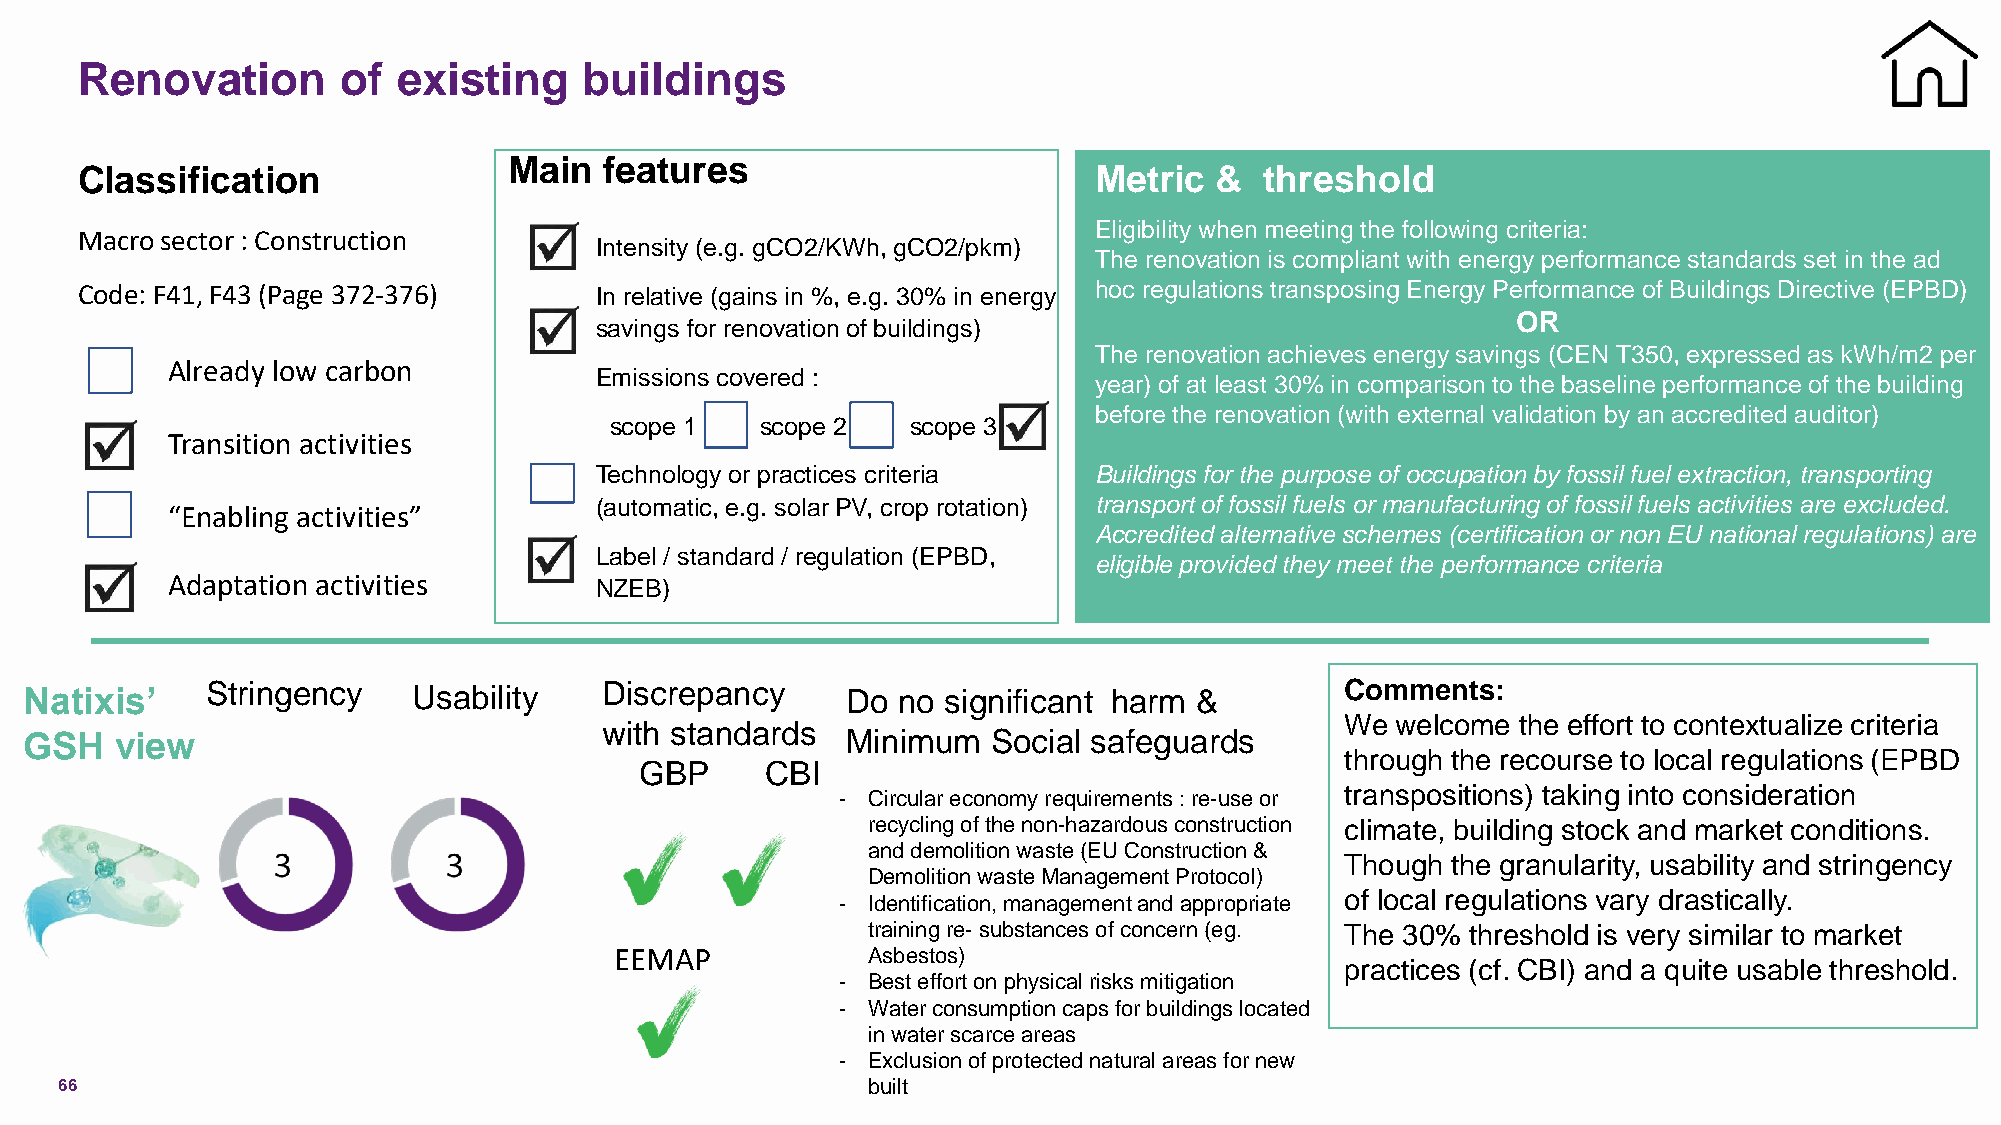
Renovation        of existing     buildings
 Main  features
 Classification                                                     Metric  &   threshold
 Eligibility when meeting the following criteria:
 Macro sector : Construction
 Intensity (e.g. gCO2/KWh, gCO2/pkm)
 The renovation is compliant with energy performance standards set in the ad
 Code: F41, F43 (Page 372-376)     In relative (gains in %, e.g. 30% in energy hoc regulations transposing Energy Performance of Buildings Directive (EPBD)
 OR
 savings for renovation of buildings)
 The renovation achieves energy savings (CEN T350, expressed as kWh/m2 per
 Already low carbon
 Emissions covered :
 year) of at least 30% in comparison to the baseline performance of the building
 before the renovation (with external validation by an accredited auditor)
 scope 1   scope 2   scope 3
 Transition activities
 Technology or practices criteria Buildings for the purpose of occupation by fossil fuel extraction, transporting
 (automatic, e.g. solar PV, crop rotation) transport of fossil fuels or manufacturing of fossil fuels activities are excluded.
 “Enabling activities”
 Accredited alternative schemes (certification or non EU national regulations) are
 Label / standard / regulation (EPBD,
 eligible provided they meet the performance criteria
 Adaptation activities       NZEB)
 Natixis’    Stringency   Usability    Discrepancy     Do no  significant harm &        Comments:
 with standards                                   We welcome the effort to contextualize criteria
 GSH   view                                            Minimum   Social safeguards
 through the recourse to local regulations (EPBD
 GBP      CBI
 - Circular economy requirements : re-use or transpositions) taking into consideration
 recycling of the non-hazardous construction climate, building stock and market conditions.
 and demolition waste (EU Construction &
 Though the granularity, usability and stringency
 Demolition waste Management Protocol)
 - Identification, management and appropriate of local regulations vary drastically.
 training re-substances of concern (eg. The 30% threshold is very similar to market
 EEMAP           Asbestos)
 practices (cf. CBI) and a quite usable threshold.
 - Best effort on physical risks mitigation
 - Water consumption caps for buildings located
 in water scarce areas
 - Exclusion of protected natural areas for new
 66                                                   built
 C1 -Public Natixis